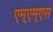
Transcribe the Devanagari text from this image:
एम्एम्एस